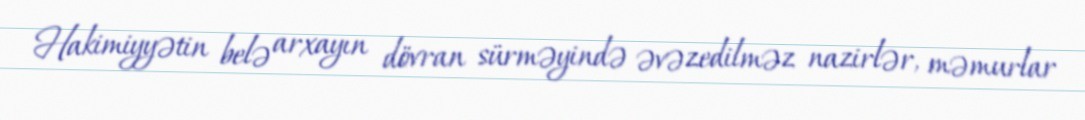
Hakimiyyətin belə arxayın dövran sürməyində əvəzedilməz nazirlər, məmurlar